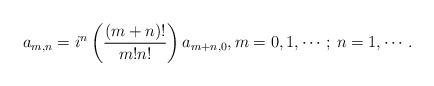
LaTeX: \begin{align*} a_{m,n} = i^n \left(\frac{(m+n)!}{m!n!}\right) a_{m+n,0} , m= 0,1,\cdots; \, n=1,\cdots. \end{align*}